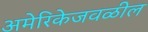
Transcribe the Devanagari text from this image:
अमेरिकेजवळील